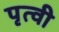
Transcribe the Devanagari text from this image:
पृत्वी